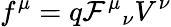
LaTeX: f^{\mu}=q\mathcal{F}^{\mu}{}_{\nu}V^{\nu}